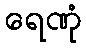
ရေဏုံ